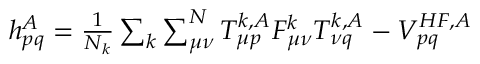
\begin{array} { r } { h _ { p q } ^ { A } = \frac { 1 } { N _ { k } } \sum _ { k } \sum _ { \mu \nu } ^ { N } T _ { \mu p } ^ { k , A } F _ { \mu \nu } ^ { k } T _ { \nu q } ^ { k , A } - V _ { p q } ^ { H F , A } } \end{array}